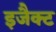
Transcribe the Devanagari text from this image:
इजैक्ट